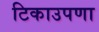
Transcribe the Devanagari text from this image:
टिकाउपणा